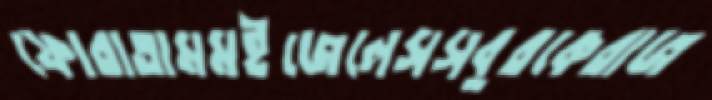
ফোরাতামমইজেলেসসবুরকেরাজ